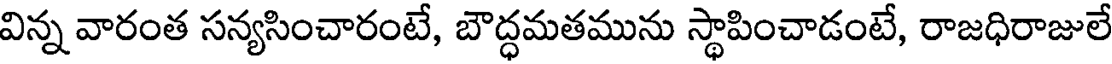
విన్న వారంత సన్యసించారంటే, బౌద్ధమతమును స్థాపించాడంటే, రాజధిరాజులే